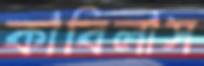
কাবিলাস